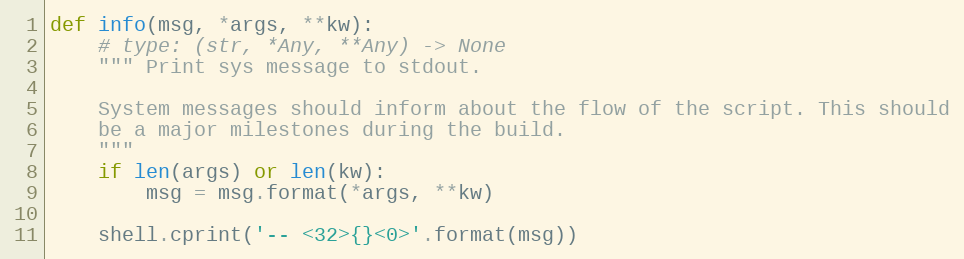
Language: Python
def info(msg, *args, **kw):
    # type: (str, *Any, **Any) -> None
    """ Print sys message to stdout.

    System messages should inform about the flow of the script. This should
    be a major milestones during the build.
    """
    if len(args) or len(kw):
        msg = msg.format(*args, **kw)

    shell.cprint('-- <32>{}<0>'.format(msg))